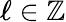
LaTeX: \ell\in\mathbb{Z}